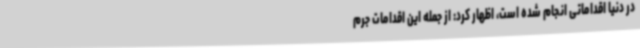
در دنیا اقداماتی انجام شده است، اظهار کرد: از جمله این اقدامات جرم